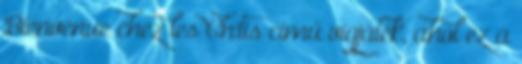
Bienvenue chez les Ch'tis című vígjáték, ahol ez a